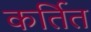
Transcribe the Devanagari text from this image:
कर्तित